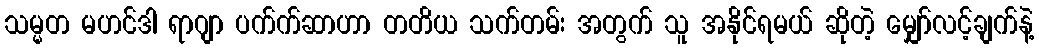
သမ္မတ မဟင်ဒါ ရာဂျာ ပက်က်ဆာဟာ တတိယ သက်တမ်း အတွက် သူ အနိုင်ရမယ် ဆိုတဲ့ မျှော်လင့်ချက်နဲ့